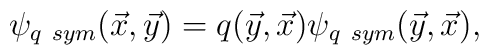
\psi_{q~sym}  (\vec  x, \vec y) = q (\vec y, \vec x) \psi_{q~sym}(\vec y, \vec x),